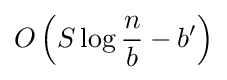
O\left(S\log {\frac {n}{b}}-b'\right)